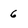
Character: 6